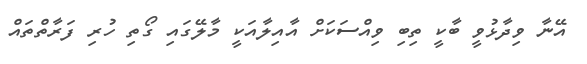
އޭނާ ވިދާޅުވީ ބާކީ ތިބި ވިއްސަކަށް އާއިލާއަކީ މާލޭގައި ގޯތި ހުރި ފަރާތްތައް